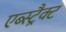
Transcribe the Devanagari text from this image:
एब्स्ट्रैक्ट